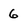
Character: 6